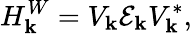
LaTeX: H_{\mathbf{k}}^{W}=V_{\mathbf{k}}\mathcal{E}_{\mathbf{k}}V_{\mathbf{k}}^{*},